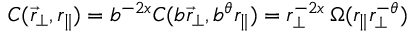
C ( \vec { r } _ { \perp } , r _ { \| } ) = b ^ { - 2 x } C ( b \vec { r } _ { \perp } , b ^ { \theta } r _ { \| } ) = r _ { \perp } ^ { - 2 x } \, \Omega ( r _ { \| } r _ { \perp } ^ { - \theta } )